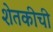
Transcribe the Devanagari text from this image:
शेतकीची